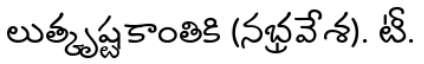
లుత్కృష్టకాంతికి (నభ్రవేశ). టీ.